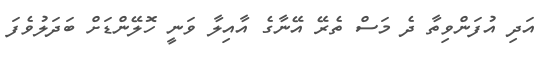
އަދި އުފަންވިތާ ދެ މަސް ތެރޭ އޭނާގެ އާއިލާ ވަނީ ހޮލޭންޑަށް ބަދަލުވެފަ